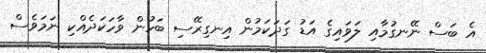
އެ ބަސް ނޭނގުމާއި ލަވައިގެ އަޑު ގަދަކަމުން އިނގިރޭސި ބަހުން ވާހަކަދެއްކި ނަމަވެސް